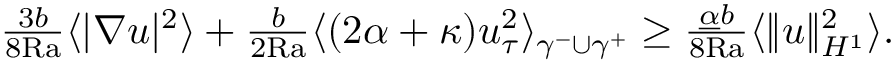
\begin{array} { r } { \frac { 3 b } { 8 \mathrm { { R a } } } \langle | \nabla u | ^ { 2 } \rangle + \frac { b } { 2 { \mathrm { R a } } } \langle ( 2 \alpha + \kappa ) u _ { \tau } ^ { 2 } \rangle _ { \gamma ^ { - } \cup \gamma ^ { + } } \geq \frac { \underline { { \alpha } } b } { 8 \mathrm { { R a } } } \langle \| u \| _ { H ^ { 1 } } ^ { 2 } \rangle . } \end{array}